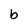
Character: b